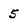
Character: 5